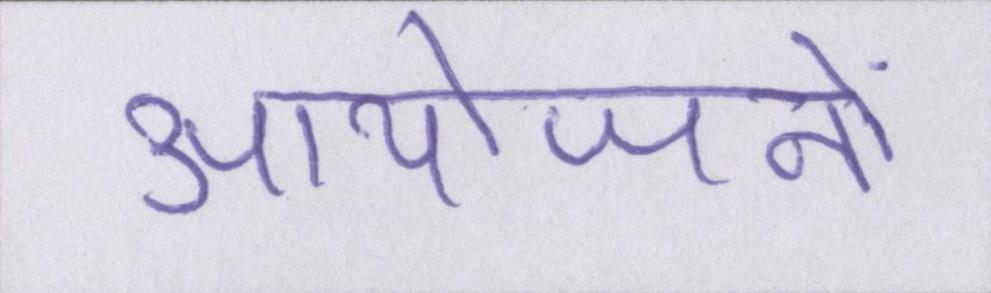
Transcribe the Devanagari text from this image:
आयोजनों